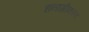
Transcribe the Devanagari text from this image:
धनाग्रीकरण